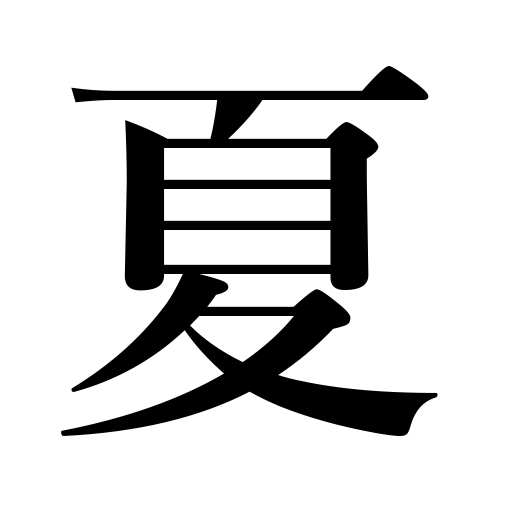
Meanings: summer